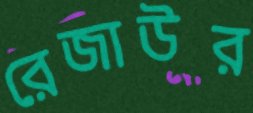
রেজাউর